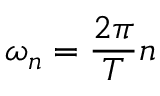
\omega _ { n } = \frac { 2 \pi } { T } n